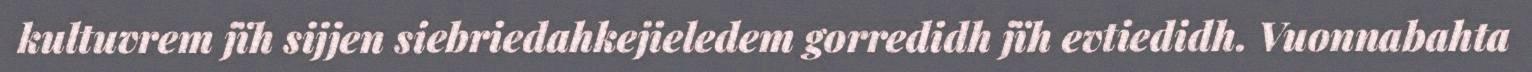
kultuvrem jïh sijjen siebriedahkejieledem gorredidh jïh evtiedidh. Vuonnabahta